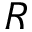
R